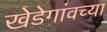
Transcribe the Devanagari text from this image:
खेडेगांवच्या